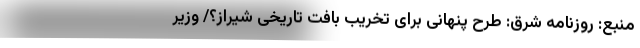
منبع: روزنامه شرق: طرح پنهانی برای تخریب بافت تاریخی شیراز؟/ وزیر